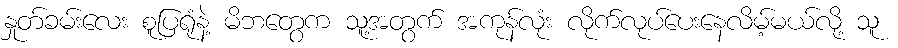
နှုတ်ခမ်းလေး စူပြရုံနဲ့ မိဘတွေက သူ့အတွက် အကုန်လုံး လိုက်လုပ်ပေးနေလိမ့်မယ်လို့ သူ